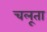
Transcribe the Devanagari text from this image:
चलूता